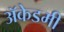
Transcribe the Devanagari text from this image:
अॅकेडमी